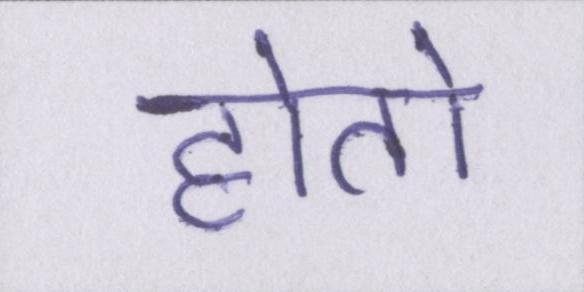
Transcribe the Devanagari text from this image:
होतो